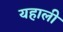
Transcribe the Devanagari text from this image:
यहाली